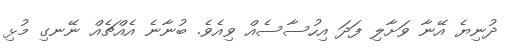
ދުނިޔެ އޭނާ ވަށާލި ފަދަ އިހުސާސެއް ވިއެވެ. ބުނާނެ އެއްޗެއް ނޭނގި މުޅި